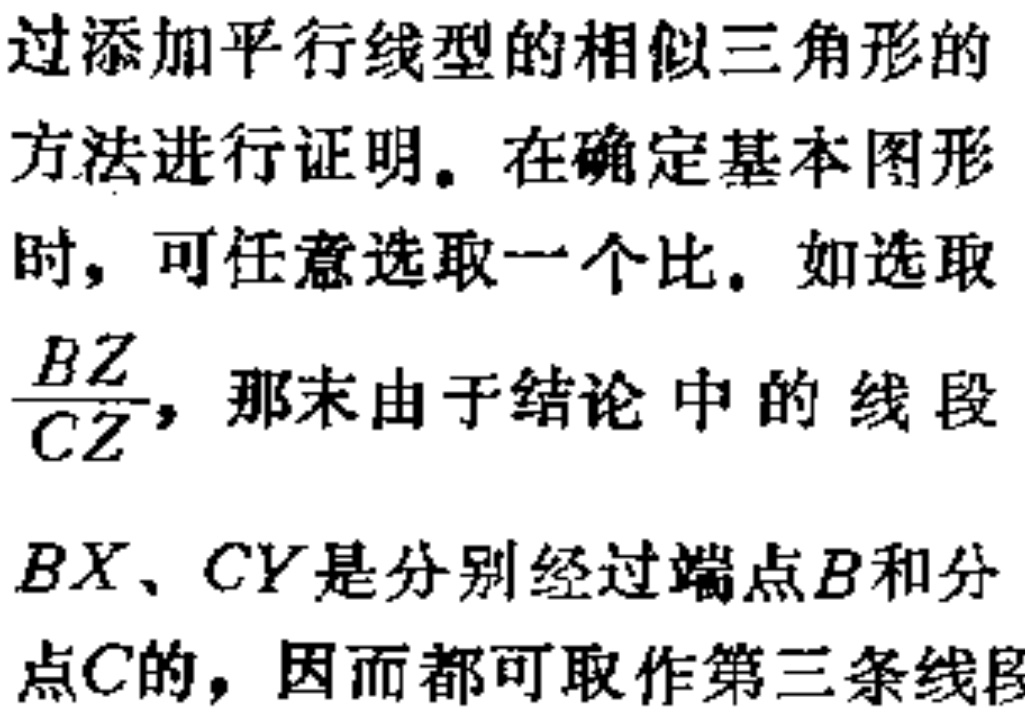
过添加平行线型的相似三角形的
方法进行证明。在确定基本图形
时，可任意选取一个比。如选取
$\frac{BZ}{CZ}$，那末由于结论中的线段
$BX、CY$是分别经过端点$B$和分
点$C$的，因而都可取作第三条线段